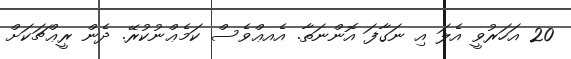
20 އަހަރުވީ އެލަ އި ނަގާފަ އޮންނަތާ. އެއޢްވެސް ކަމެޢްނުކުރޭ. ދެން ރީޢްޗަކަށް